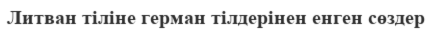
Литван тіліне герман тілдерінен енген сөздер